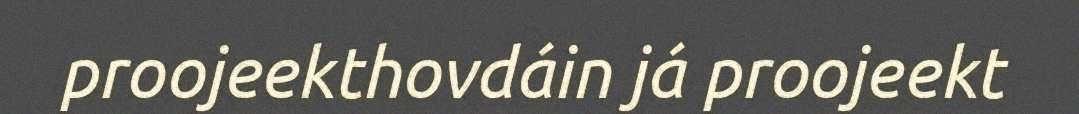
proojeekthovdáin já proojeekt